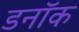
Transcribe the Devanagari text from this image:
डनॉक